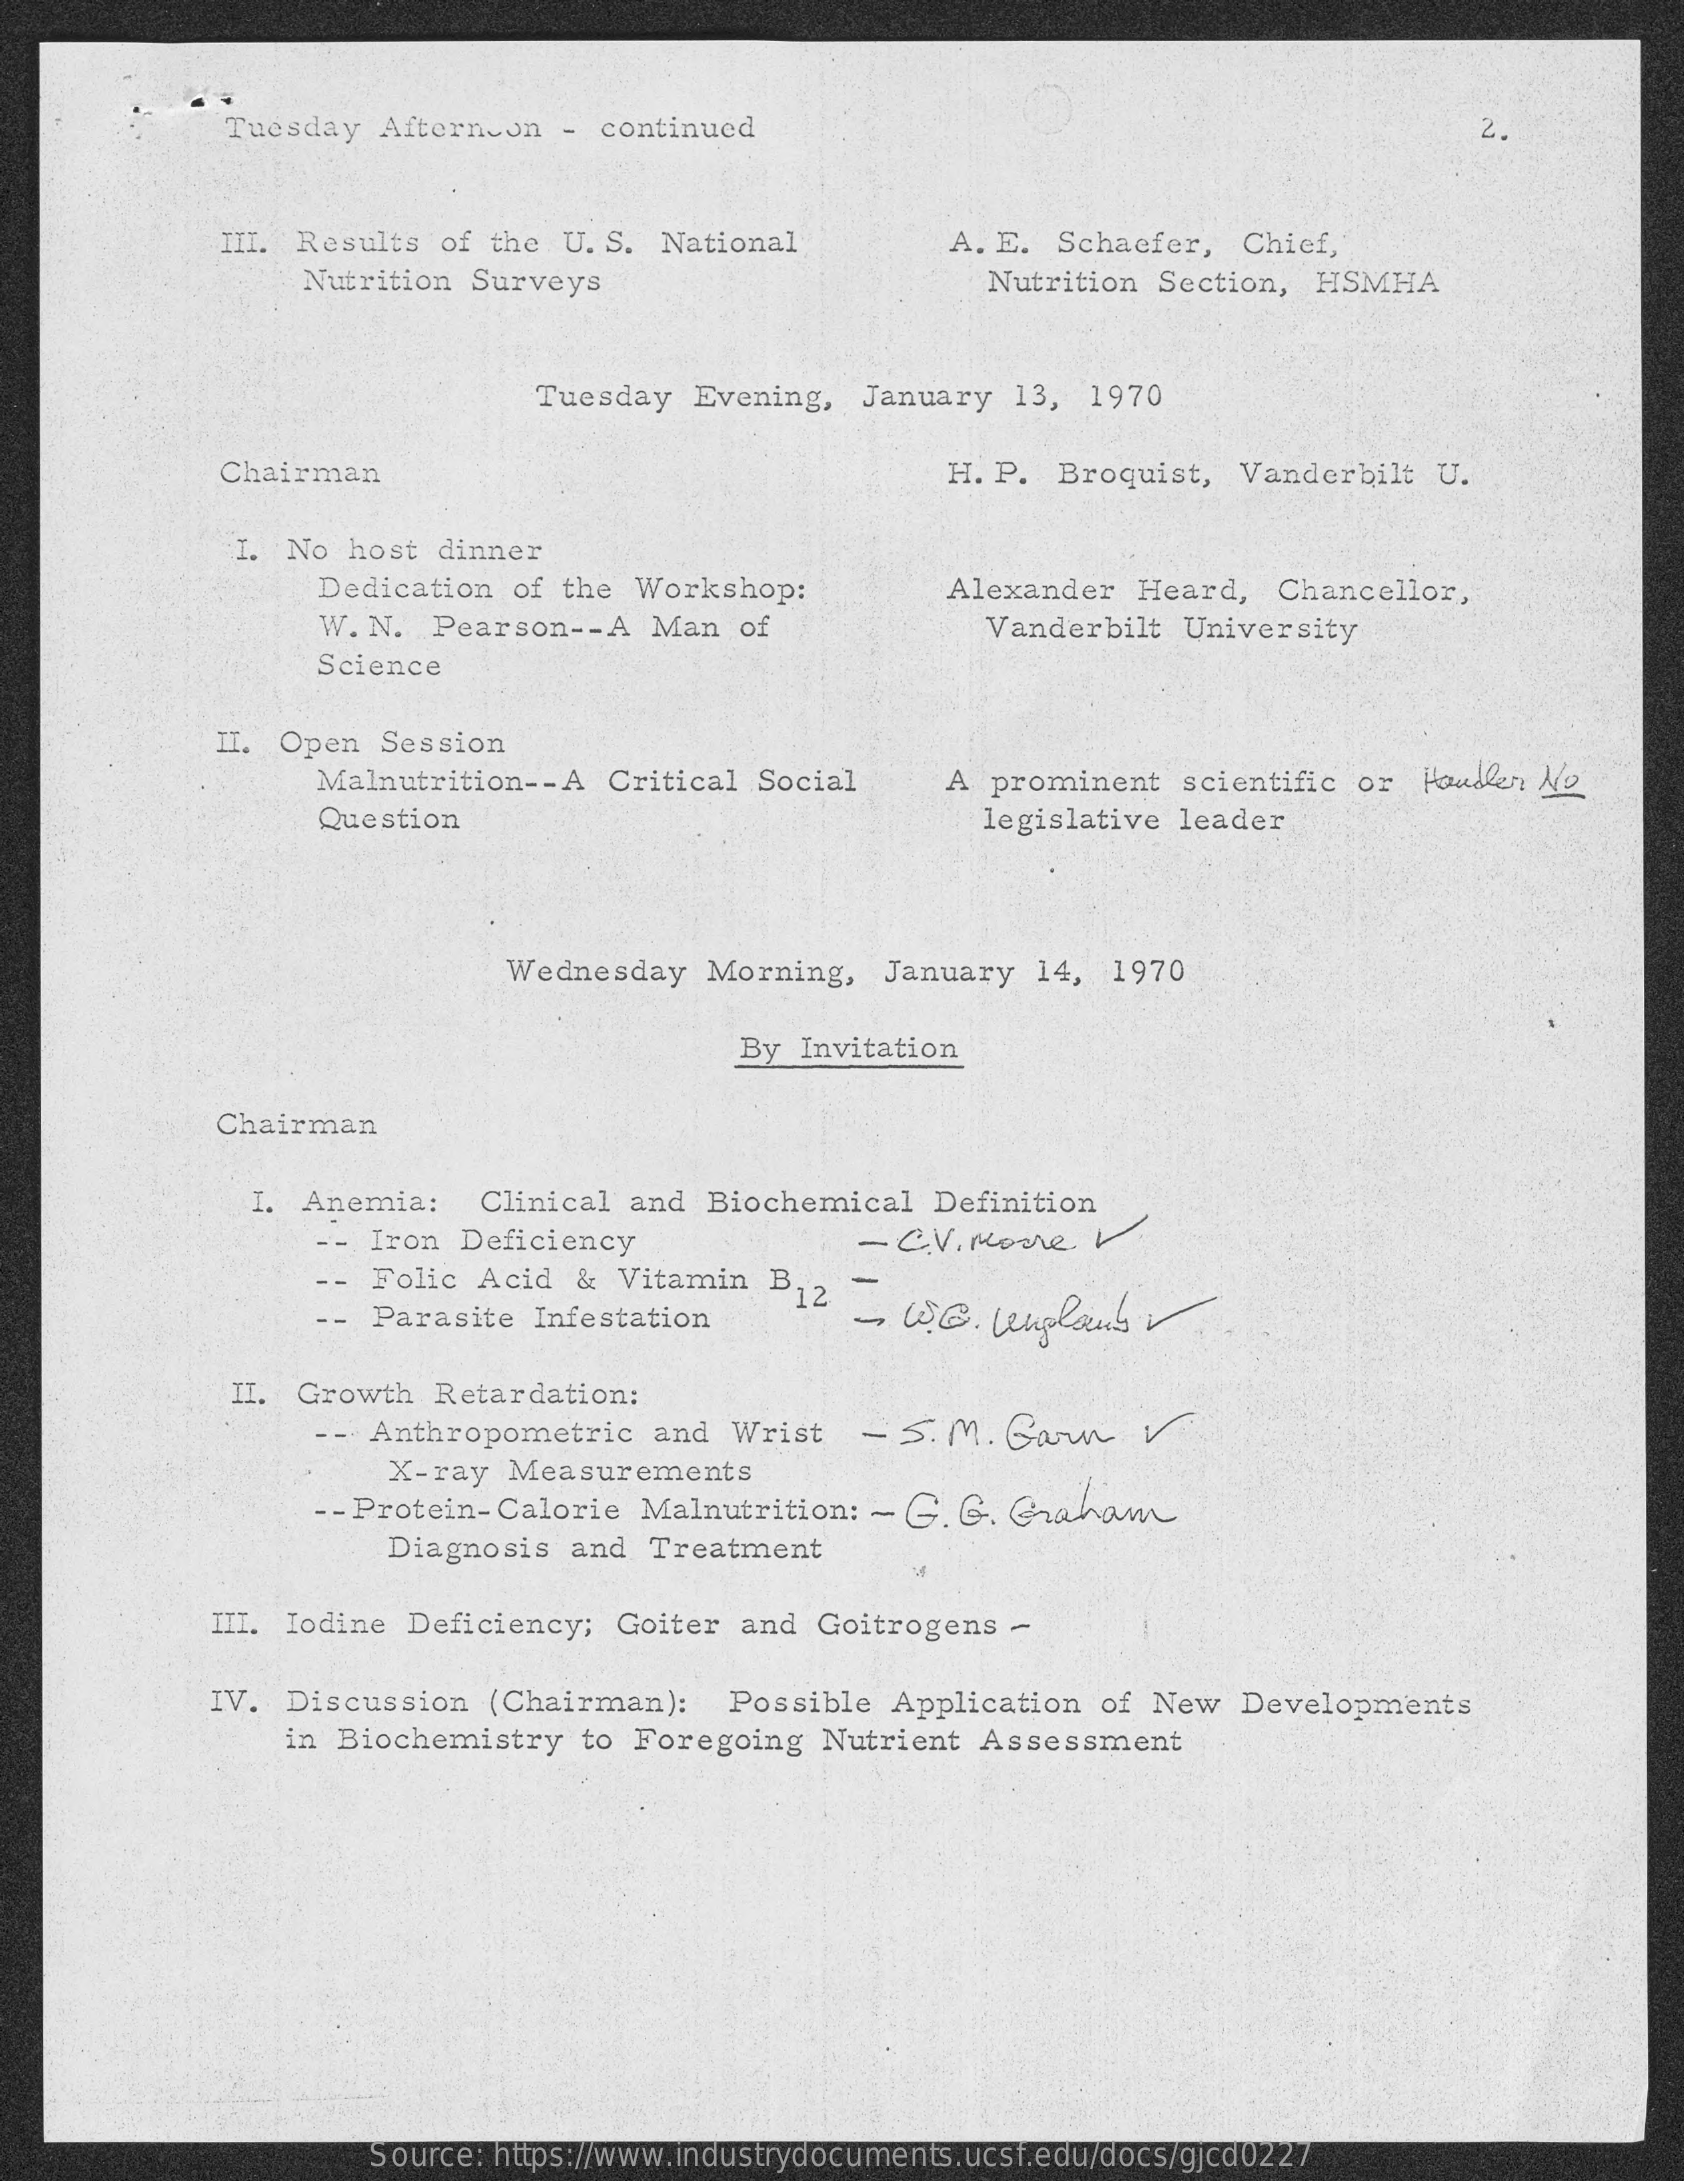
Tuesday Afternoon - continued    2.
     III. Results of the U. S. National A. E. Schaefer, Chief,
     Nutrition Surveys    Nutrition Section, HSMHA
     Tuesday Evening, January 13, 1970
     Chairman    H. P. Broquist, Vanderbilt U.
     I. No host dinner
     Dedication of the Workshop:   Alexander Heard, Chancellor,
     W. N. Pearson -- A Man of    Vanderbilt University
     Science
     II. Open Session
     Malnutrition -- A Critical Social A prominent scientific or Houden No
     Question    legislative leader
     Wednesday Morning, January 14, 1970
     By Invitation
     Chairman
     I. Anemia: Clinical and Biochemical Definition
     -- Iron Deficiency    - C.V. Moore. V
     Folic Acid & Vitamin B.
     -- Parasite Infestation 12_ WE. lenplans
     II. Growth Retardation:
     - Anthropometric and Wrist - S. M. Garn V
     X-ray Measurements
     - Protein-Calorie Malnutrition: - G. G. Graham
     Diagnosis and Treatment
     III. Iodine Deficiency; Goiter and Goitrogens -
     IV. Discussion (Chairman): Possible Application of New Developments
     in Biochemistry to Foregoing Nutrient Assessment
     Source: https://www.industrydocuments.ucsf.edu/docs/gjcd0227